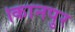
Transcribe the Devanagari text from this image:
।कानपुर